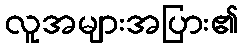
လူအများအပြား၏